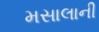
મસાલાની